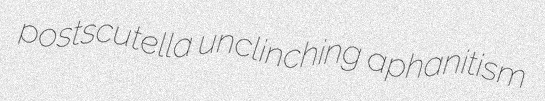
postscutella unclinching aphanitism